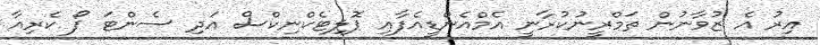
އިރު އެ ޒުވާނުން ތަމްރީނުކުރާނީ އެމްއެންޑީއެފާއި ޕޮލިޓެކްނިކްސް އަދި ސެންޓަ ފޯ ކެރިއާ